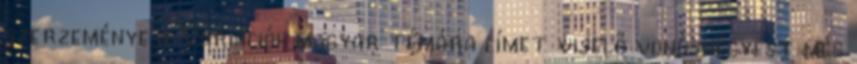
szerzeménye a Variációk magyar témára címet viselő vonósnégyest még